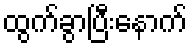
ထွက်ခွာပြီးနောက်